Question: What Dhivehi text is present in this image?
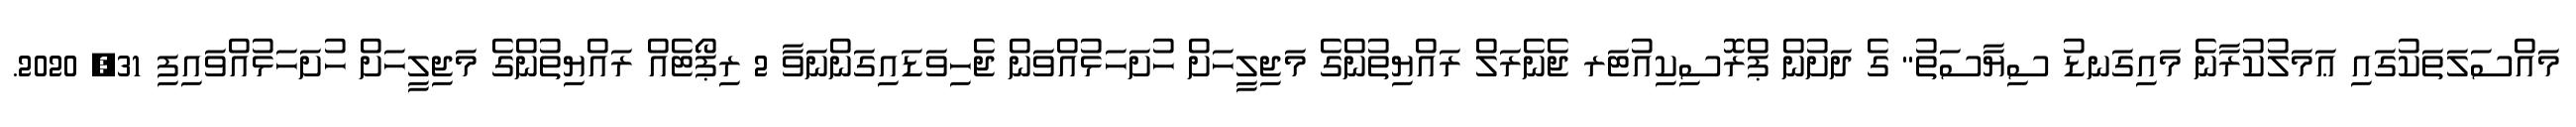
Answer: މައްސަލަތަކުގައި ޢަމަލުކުރާނެ މައިގަނޑު ސިޔާސަތު" ގެ ދަށުން ޕްރޮސިކިއުޓަރ ޖެނެރަލް ރައްޔިތުންގެ މަޖިލީހަށް ހުށަހަޅުއްވަން ޖެހިވަޑައިގަންނަވާ 2 ރިޕޯޓެއް ރައްޔިތުންގެ މަޖިލީހަށް ހުށަހަޅުއްވައިފި 31, 2020.